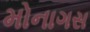
મોનાગસ